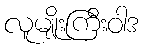
လူမျိုးကြီးဝါဒ